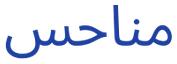
مناحس